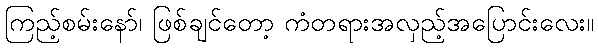
ကြည့်စမ်းနော်၊ ဖြစ်ချင်တော့ ကံတရားအလှည့်အပြောင်းလေး။